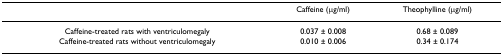
<table><thead><tr><td></td><td><b>Caffeine (μg/ml)</b></td><td><b>Theophylline (μg/ml)</b></td></tr></thead><tbody><tr><td>Caffeine-treated rats with ventriculomegaly</td><td>0.037 ± 0.008</td><td>0.68 ± 0.089</td></tr><tr><td>Caffeine-treated rats without ventriculomegaly</td><td>0.010 ± 0.006</td><td>0.34 ± 0.174</td></tr></tbody></table>